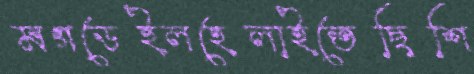
মগডেইলহেলাইতেছিশি